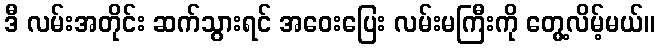
ဒီ လမ်းအတိုင်း ဆက်သွားရင် အဝေးပြေး လမ်းမကြီးကို တွေ့လိမ့်မယ်။